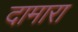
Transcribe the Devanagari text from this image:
दामारा